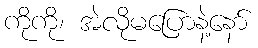
ကိုကို၊ အဲလိုမပြောနဲ့နော်